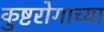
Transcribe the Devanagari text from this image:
कुष्टरोगाच्या